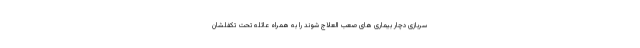
سربازی دچار بیماری های صعب العلاج شوند را به همراه عائله تحت تکفلشان